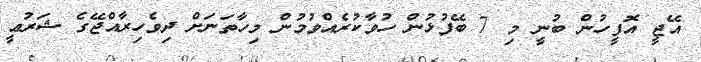
އޭޖީ އޮފީހުން ބުނީ މި 7 ބޭފުޅުން ހުވާކުރެއްވުމުން މިހާތަނަށް ދިވެހިރާއްޖޭގެ ޝަރުޢީ